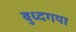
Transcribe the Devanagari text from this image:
बुध्दगया